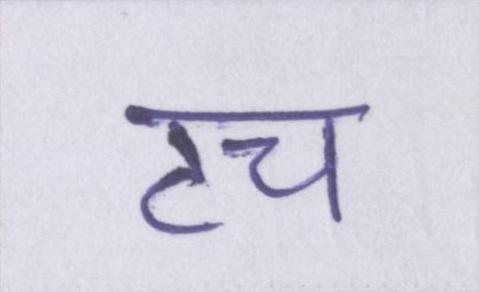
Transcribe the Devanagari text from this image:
टच